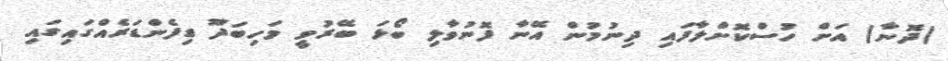
(ދޮނާ) އަށް ހުސްކޮށްލާފައި ދިނުމުން އޭނާ ފޮނުވާލި ބޯޅަ ބޭރުވީ މަހިބަދޫ ޑިފެންޑަރެއްގައިގައި